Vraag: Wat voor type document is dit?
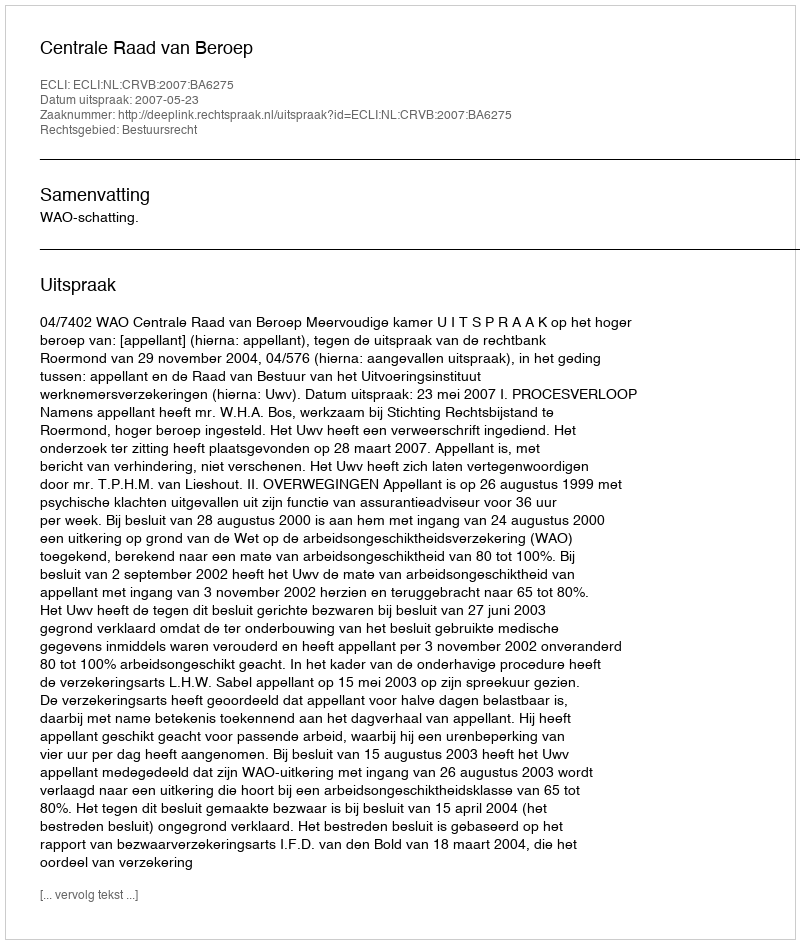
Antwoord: Uitspraak